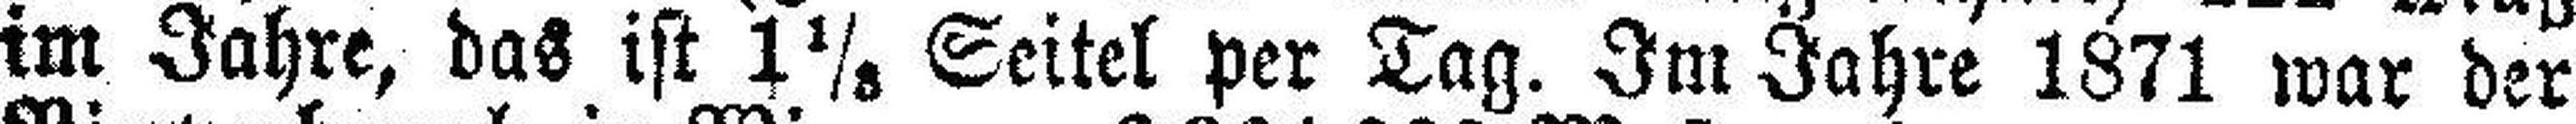
im Jahre, das ist 1 1/8 Seitel per Tag. Im Jahre 1871 war der